Annual report on the working of the lock hospitals in the North-Western Provinces and Oudh
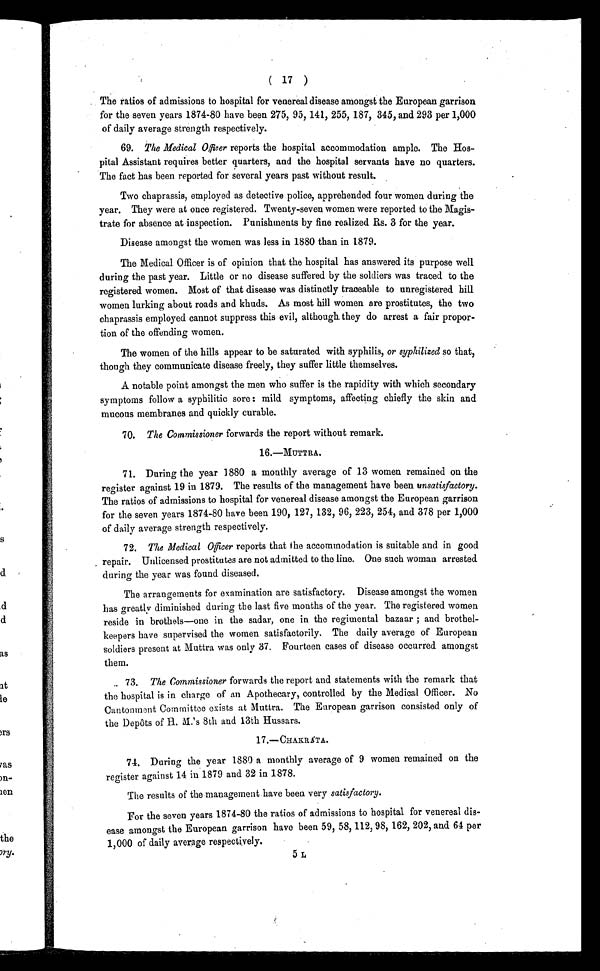
( 17 )
The ratios of admissions to hospital for venereal disease amongst the European garrison
for the seven years 1874-80 have been 275, 95, 141, 255, 187, 345, and 293 per 1,000
of daily average strength respectively.
69. The Medical Officer reports the hospital accommodation ample. The Hos-
pital Assistant requires better quarters, and the hospital servants have no quarters.
The fact has been reported for several years past without result.
Two chaprassis, employed as detective police, apprehended four women during the
year. They were at once registered. Twenty-seven women were reported to the Magis-
trate for absence at inspection. Punishments by fine realized Rs. 3 for the year.
Disease amongst the women was less in 1880 than in 1879.
The Medical Officer is of opinion that the hospital has answered its purpose well
during the past year. Little or no disease suffered by the soldiers was traced to the
registered women. Most of that disease was distinctly traceable to unregistered hill
women lurking about roads and khuds. As most hill women are prostitutes, the two
chaprassis employed cannot suppress this evil, although they do arrest a fair propor-
tion of the offending women.
The women of the hills appear to be saturated with syphilis, or syphilized so that,
though they communicate disease freely, they suffer little themselves.
A notable point amongst the men who suffer is the rapidity with which secondary
symptoms follow a syphilitic sore : mild symptoms, affecting chiefly the skin and
mucous membranes and quickly curable.
7 0 .
T h e C o m m i s s i o n e r
f o r w a r d s t h e r e p o r t w i t h o u t r e m a r k .
16.-MUTTRA.
71. During the year 1880 a monthly average of 13 women remained on the
register against 19 in 1879. The results of the management have been unsatisfactory.
The ratios of admissions to hospital for venereal disease amongst the European garrison
for the seven years 1874-80 have been 190, 127, 132, 96, 223, 254, and 378 per 1,000
of daily average strength respectively.
72. The Medical Officer reports that the accommodation is suitable and in good
repair. Unlicensed prostitutes are not admitted to the line. One such woman arrested
during the year was found diseased.
The arrangements for examination are satisfactory. Disease amongst the women
has greatly diminished during the last five months of the year. The registered women
reside in brothels—one in the sadar, one in the regimental bazaar ; and brothel-
keepers have supervised the women satisfactorily. The daily average of European
soldiers present at Muttra was only 37. Fourteen cases of disease occurred amongst
them.
73. The Commissioner forwards the report and statements with the remark that
the hospital is in charge of an Apothecary, controlled by the Medical Officer. No
Cantonment Committee exists at Muttra. The European garrison consisted only of
the Depots of H. M.'s 8th and 13th Hussars.
17.-CHAKRÁTA.
74. During the year 1880 a monthly average of 9 women remained on the
register against 14 in 1879 and 32 in 1878.
The results of the management have been very satisfactory.
For the seven years 1874-80 the ratios of admissions to hospital for venereal dis-
ease amongst the European garrison have been 59, 58, 112, 98, 162, 202, and 64 per
1,000 of daily average respectively.
5L